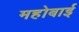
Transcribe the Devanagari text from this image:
महोबाई